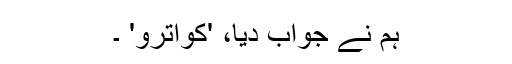
ہم نے جواب دیا، 'کواترو' ۔